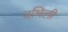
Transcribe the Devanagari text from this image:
उभिली